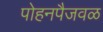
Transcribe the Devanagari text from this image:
पोहनपैजवळ